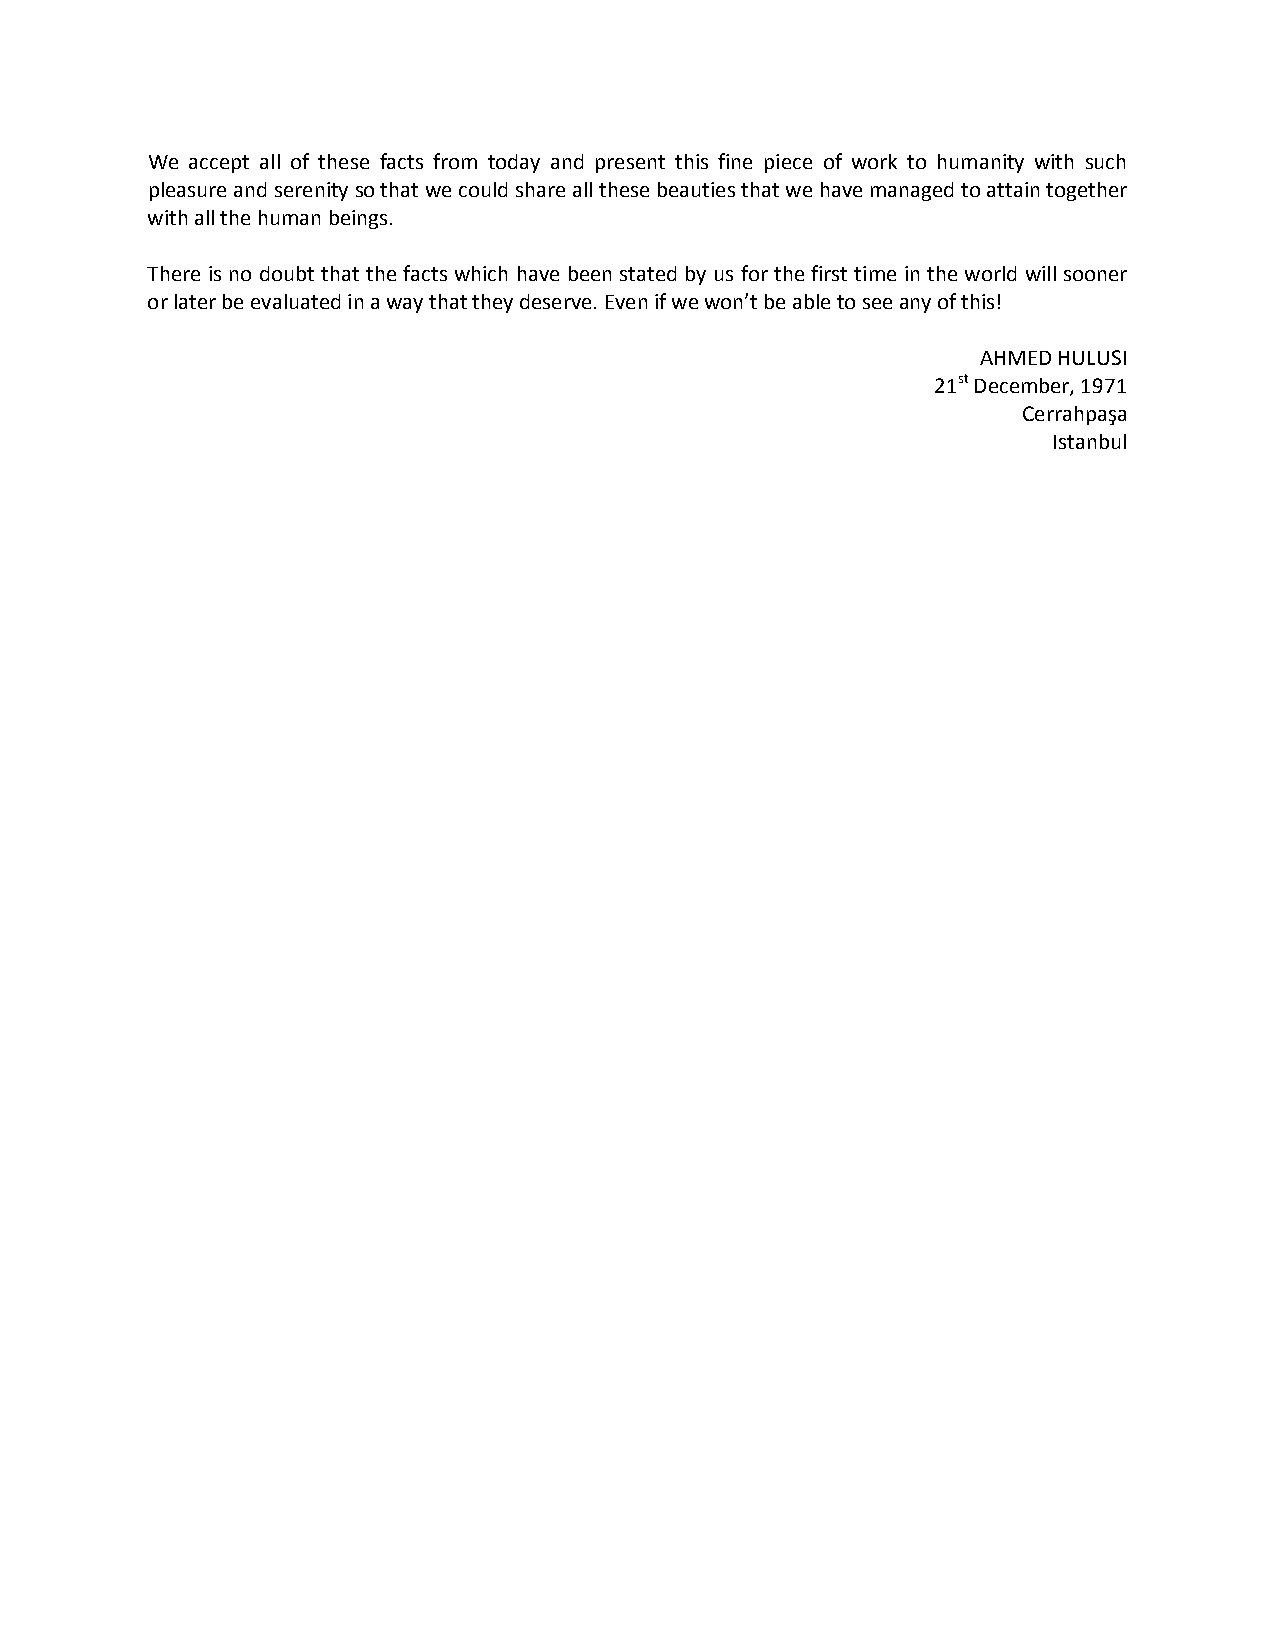
We accept all of these facts from today and present this fine piece of work to humanity with such
 pleasure and serenity so that we could share all these beauties that we have managed to attain together
 with all the human beings.
 There is no doubt that the facts which have been stated by us for the first time in the world will sooner
 or later be evaluated in a way that they deserve. Even if we won’t be able to see any of this!
 AHMED HULUSI
 21st December, 1971
 Cerrahpaşa
 Istanbul